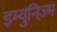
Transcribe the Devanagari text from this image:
इम्युनिज़्म